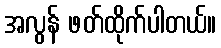
အလွန် ဖတ်ထိုက်ပါတယ်။